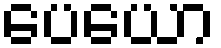
ပေယော